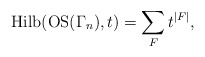
\begin{gather*}{\rm Hilb}({\rm OS}(\Gamma_n),t)= \sum_{F} t^{|F|},\end{gather*}